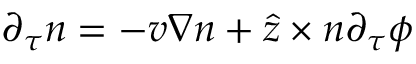
\partial _ { \tau } \boldsymbol { n } = - v \nabla \boldsymbol { n } + \hat { z } \times \boldsymbol { n } \partial _ { \tau } \phi